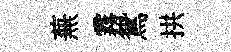
蕪霧鴛拱